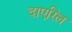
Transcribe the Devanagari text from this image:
दाएरिल